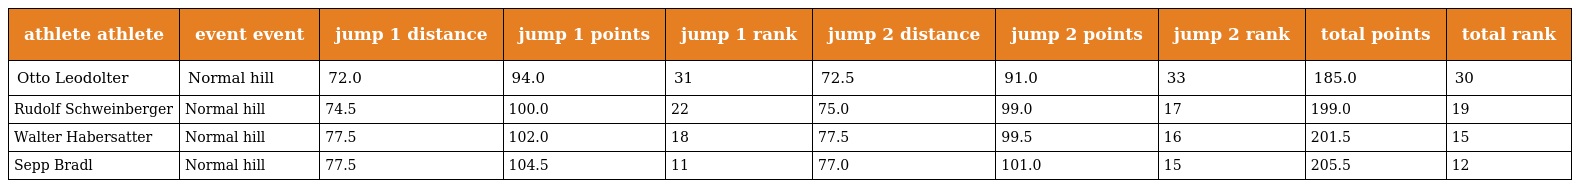
| athlete athlete | event event | jump 1 distance | jump 1 points | jump 1 rank | jump 2 distance | jump 2 points | jump 2 rank | total points | total rank |
 | --- | --- | --- | --- | --- | --- | --- | --- | --- | --- |
 | Otto Leodolter | Normal hill | 72.0 | 94.0 | 31 | 72.5 | 91.0 | 33 | 185.0 | 30 |
 | Rudolf Schweinberger | Normal hill | 74.5 | 100.0 | 22 | 75.0 | 99.0 | 17 | 199.0 | 19 |
 | Walter Habersatter | Normal hill | 77.5 | 102.0 | 18 | 77.5 | 99.5 | 16 | 201.5 | 15 |
 | Sepp Bradl | Normal hill | 77.5 | 104.5 | 11 | 77.0 | 101.0 | 15 | 205.5 | 12 |